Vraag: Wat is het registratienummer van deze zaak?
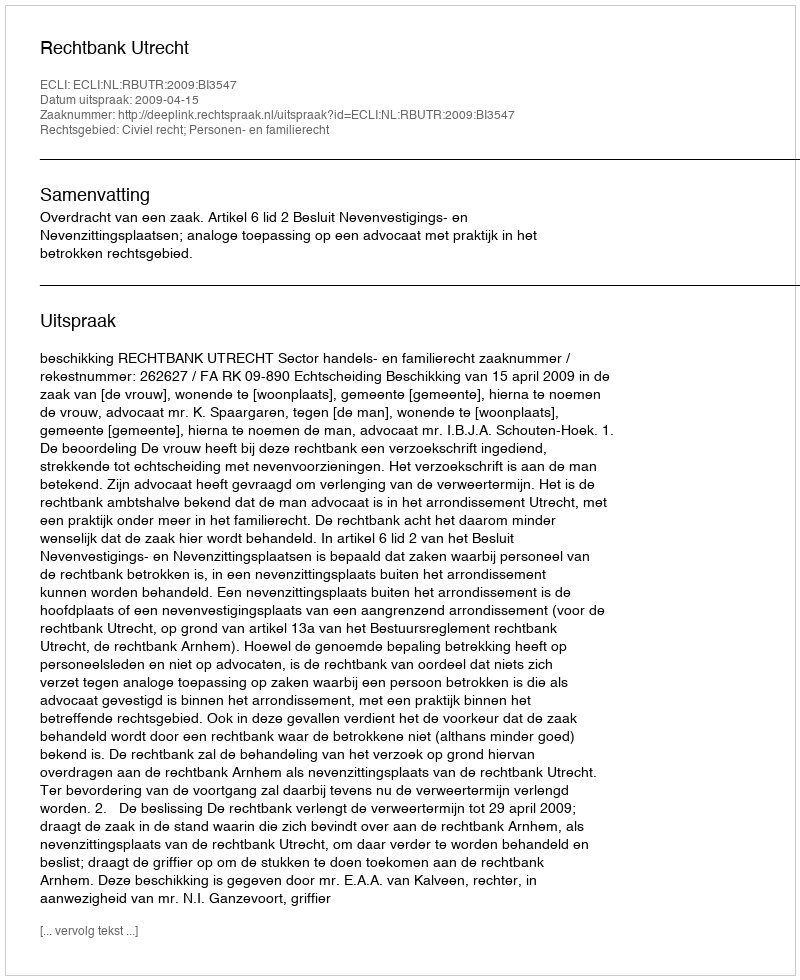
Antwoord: http://deeplink.rechtspraak.nl/uitspraak?id=ECLI:NL:RBUTR:2009:BI3547